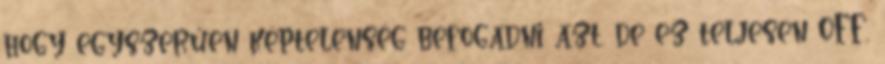
hogy egyszerűen képtelenség befogadni azt. de ez teljesen OFF,